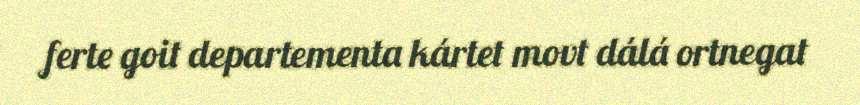
ferte goit departementa kártet movt dálá ortnegat